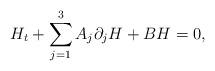
LaTeX: \begin{align*}H_t+\sum_{j=1}^3 A_j \partial_jH+BH=0,\end{align*}